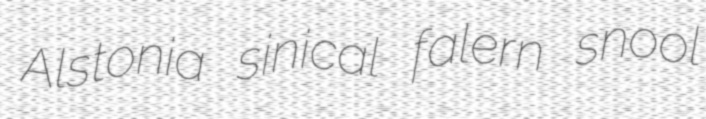
Alstonia sinical falern snool